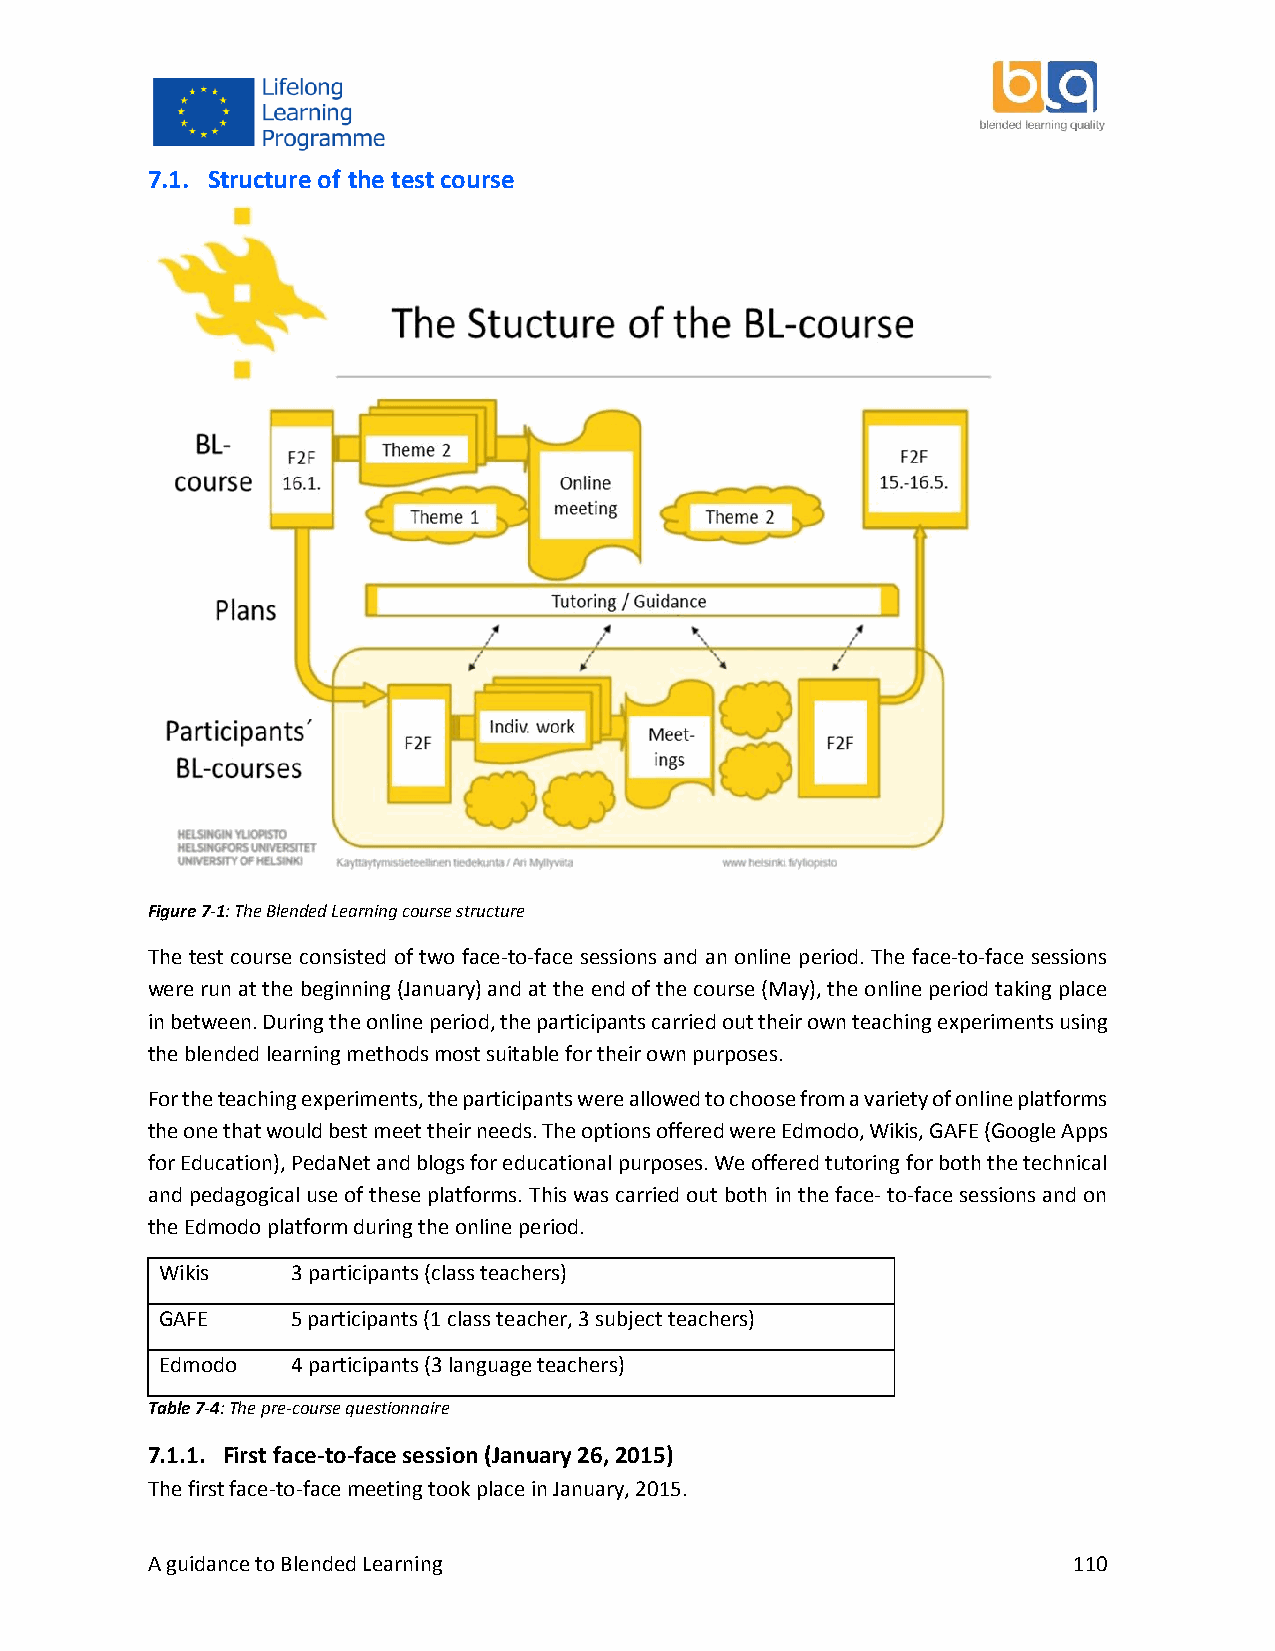
7.1. Structure of the test course
 Figure 7-1: The Blended Learning course structure
 The test course consisted of two face‐to‐face sessions and an online period. The face‐to‐face sessions
 were run at the beginning (January) and at the end of the course (May), the online period taking place
 in between. During the online period, the participants carried out their own teaching experiments using
 the blended learning methods most suitable for their own purposes.
 For the teaching experiments, the participants were allowed to choose from a variety of online platforms
 the one that would best meet their needs. The options offered were Edmodo, Wikis, GAFE (Google Apps
 for Education), PedaNet and blogs for educational purposes. We offered tutoring for both the technical
 and pedagogical use of these platforms. This was carried out both in the face‐ to‐face sessions and on
 the Edmodo platform during the online period.
 Wikis   3 participants (class teachers)
 GAFE    5 participants (1 class teacher, 3 subject teachers)
 Edmodo  4 participants (3 language teachers)
 Table 7-4: The pre-course questionnaire
 7.1.1. First face-to-face session (January 26, 2015)
 The first face-to-face meeting took place in January, 2015.
 A guidance to Blended Learning                               110